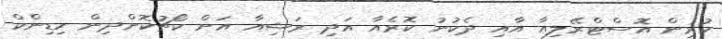
ކުރިން އޮސްޓްރޭލިއާ އާއި ދެކުނު ކޮރެއާ އަދި ރަޝިއާ އަށް ކޯޗުކޮށްދިން ހިޑިންކް